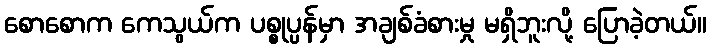
စောစောက ကေသွယ်က ပစ္စုပ္ပန်မှာ အချစ်ခံစားမှု မရှိဘူးလို့ ပြောခဲ့တယ်။